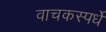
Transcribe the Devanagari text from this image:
वाचकस्पर्धे